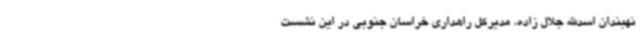
نهبندان اسدالله جلال زاده، مدیرکل راهداری خراسان جنوبی در این نشست